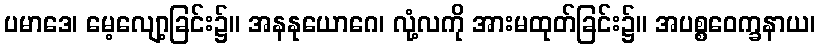
ပမာဒေ၊ မေ့လျော့ခြင်း၌။ အနနုယောဂေ၊ လုံ့လကို အားမထုတ်ခြင်း၌။ အပစ္စဝေက္ခနာယ၊